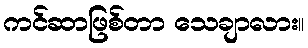
ကင်ဆာဖြစ်တာ သေချာလား။